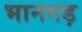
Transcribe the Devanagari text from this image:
भानगड़